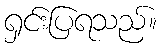
ရှင်းပြရသည်။